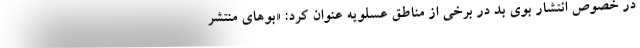
در خصوص انتشار بوی بد در برخی از مناطق عسلویه عنوان کرد: «بوهای منتشر